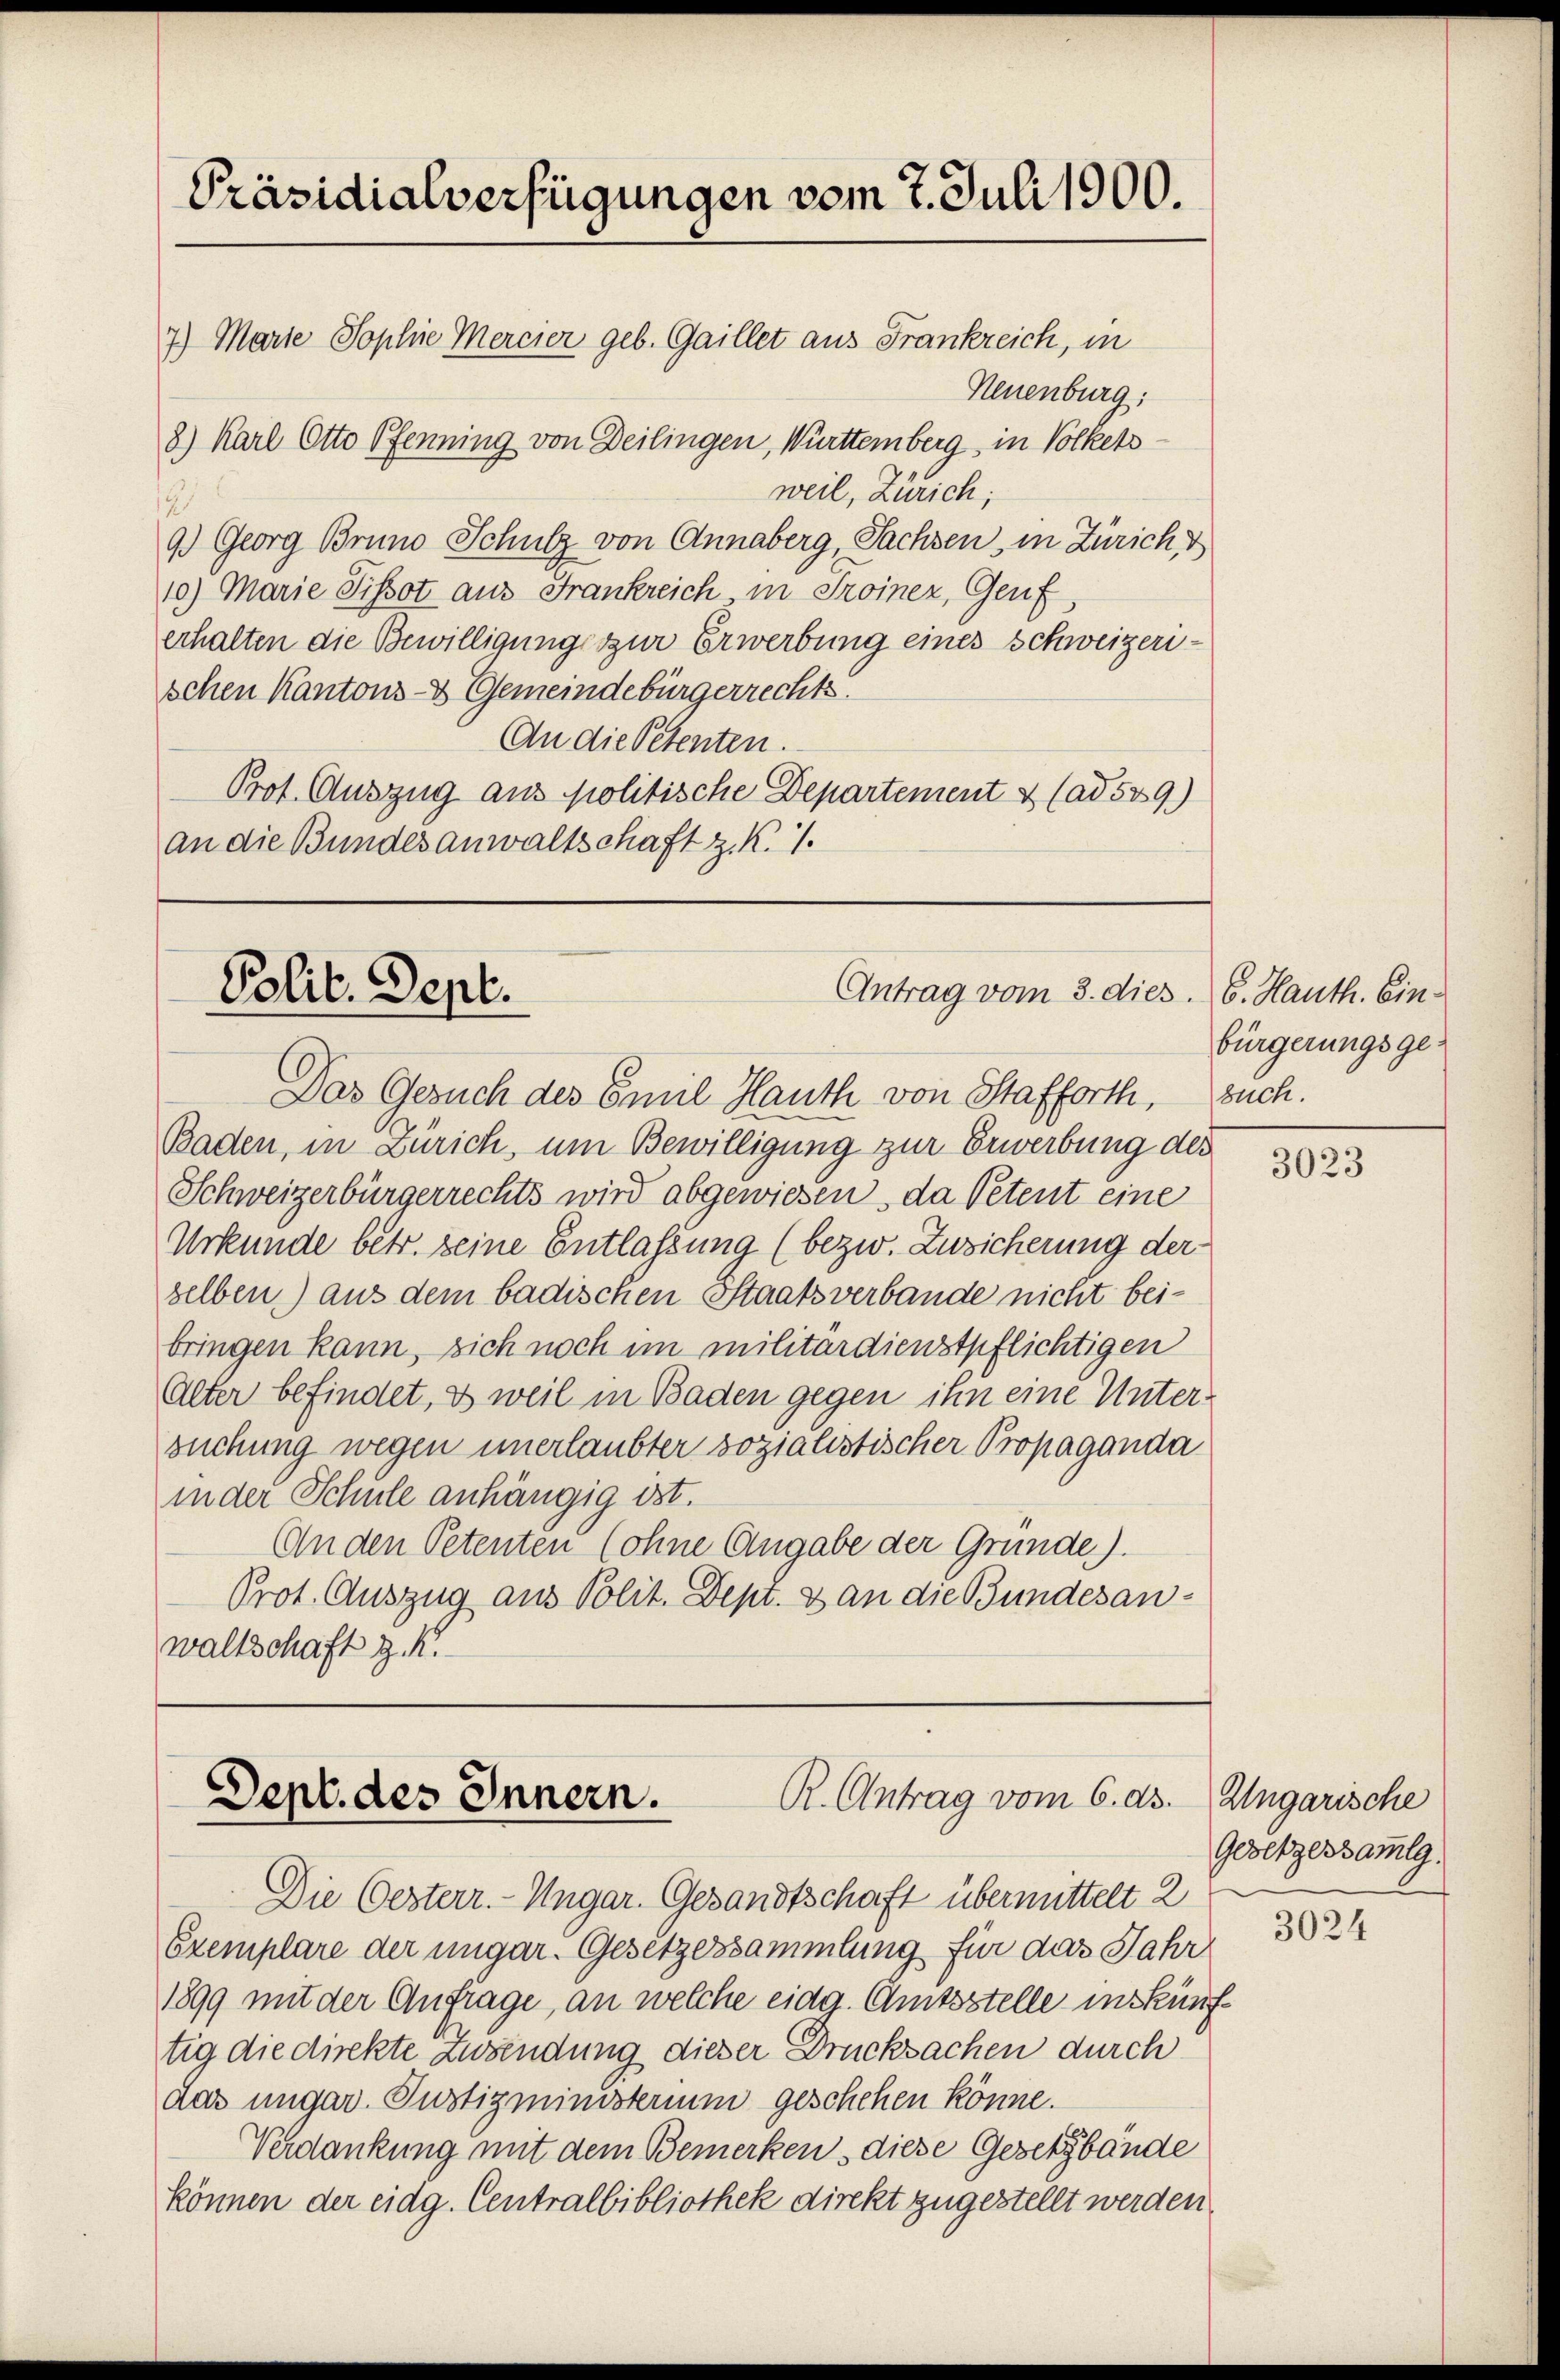
Präsidialverfügungen vom 7. Juli 1900.
7) Marie Sophie Mercier geb. Gaillet aus Frankreich, in

Neuenburg;
8) Karl Otto Pfenning von Deilingen, Württemberg, in Volketsweil, Zürich;
2
9.) Georg Bruno Schulz von Annaberg, Sachsen, in Zürich d
10) Marie Pissot aus Frankreich, in Troiner, Genf,
erhalten die Bewilligung zur Erwerbung eines Schweizerischen Kantons- & Gemeindebürgerrechts.
An die Petenten.
Prot. Auszug aus politische Departement & (ad 539.)
an die Bundesanwaltschaft z. K. 1.

Antrag vom 3. dies
Polit. Dept.

R. Antrag vom 6. ds.
Sept. des Innern.

Das Gesuch des Emil Hauth von Stafforth,
Baden, in Zürich, um Bewilligung zur Erwerbung des
Schweizerbürgerrechts wird abgewiesen, da Petent eine
Urkunde betr. seine Entlassung (bezw. Zusicherung der
selben) aus dem badischen Staatsverbande nicht beibringen kann, sich noch im militärdienstpflichtigen
Alter befindet, u weil in Baden gegen ihn eine Unter-
suchung wegen unerlaubter sozialistischer Propaganda
in der Schule anhängig ist.
An den Petenten (ohne Angabe der Grunde).
Prot. Auszug aus Polit. Dept. 8 an die Bundesanwaltschaft z. K.

Die Oesterr.- Ungar. Gesandtschaft übermittelt 2
Exemplare der ungar. Gesetzessammlung für das Jahr
1899 mit der Anfrage, an welche eidg. Amtsstelle inskünftig die direkte Zwendung dieser Drucksachen durch
aas ungar. Justizministerium geschehen könne.
Verdankung mit dem Bemerken, diese Gesetzbande
können der eidg. Centralbibliothek direkt zugestellt werden.

6. Hauth. Einbürgerungsgebuch.

3023

Ungarische
Gesetzessammlg.

3024